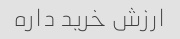
ارزش خرید داره